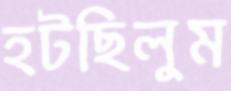
হটছিলুম